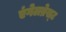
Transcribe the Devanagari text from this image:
एंगेलब्रेख्ट